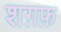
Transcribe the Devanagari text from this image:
शग़फ़